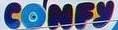
CONFY